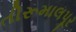
તીરૂમાલપૂર